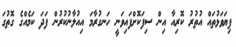
ފިޔަވަޅުތައް އުތުރު ކޮރިއާ އިން ސިފަކޮށްފައިވަނީ ހަނގުރާމަ އިއުލާނުކުރުން ފަދަ ކަމެއްގެ ގޮތުގަ